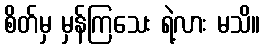
စိတ်မှ မှန်ကြသေး ရဲ့လား မသိ။